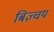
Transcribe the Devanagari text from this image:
बिज़्चय